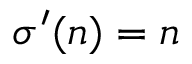
\sigma ^ { \prime } ( n ) = n